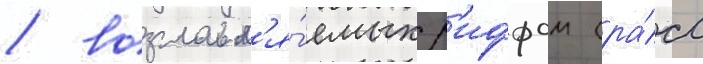
/ возглавл'я́емых р'иффом (ра́сс